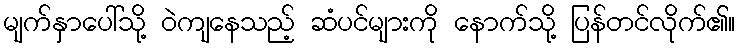
မျက်နှာပေါ်သို့ ဝဲကျနေသည့် ဆံပင်များကို နောက်သို့ ပြန်တင်လိုက်၏။